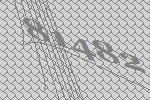
81482